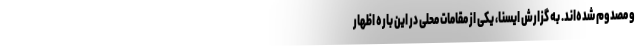
و مصدوم شده‌اند. به گزارش ایسنا، یکی از مقامات محلی در این باره اظهار